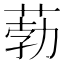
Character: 葧